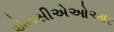
એનસીએઓઆર